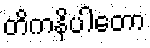
တိကနိပါတော